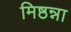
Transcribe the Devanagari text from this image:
मिष्ठन्ना